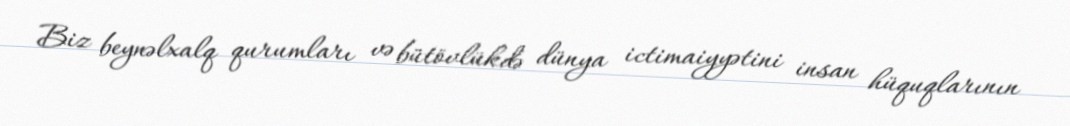
Biz beynəlxalq qurumları və bütövlükdə dünya ictimaiyyətini insan hüquqlarının